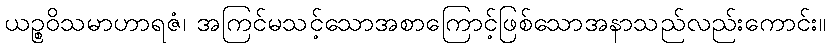
ယဉ္စဝိသမာဟာရဇံ၊ အကြင်မသင့်သောအစာကြောင့်ဖြစ်သောအနာသည်လည်းကောင်း။